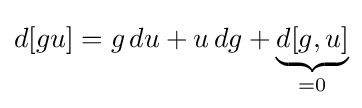
d[gu]=g\,du+u\,dg+\underbrace {d[g,u]} _{=0}